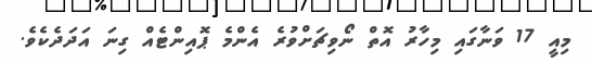
މިއީ 17 ވަނާގައި މިހާރު އޮތް ނޯވިޗަށްވުރެ އެންމެ ޕޮއިންޓެއް ގިނަ އަދަދެކެވެ.